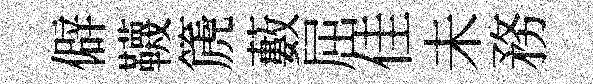
僻韈篪藪屈佳未務